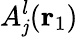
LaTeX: A_{\mathit{j}}^{l}({\mathbf{{r}}_{1}})